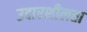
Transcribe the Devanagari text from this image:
उदारशीलता